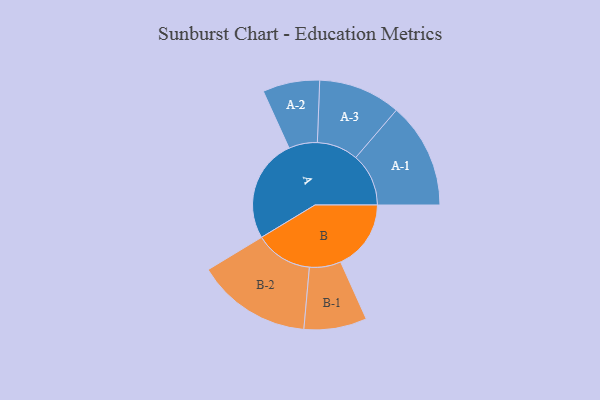
{"axis": {"x": "Segment", "y": "Value"}, "legend": ["", "A", "B"], "data": [{"x": "A", "y": 425, "type": ""}, {"x": "B", "y": 289, "type": ""}, {"x": "A-1", "y": 217, "type": "A"}, {"x": "A-2", "y": 117, "type": "A"}, {"x": "A-3", "y": 169, "type": "A"}, {"x": "B-1", "y": 129, "type": "B"}, {"x": "B-2", "y": 236, "type": "B"}]}